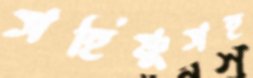
সহিষ্ণুসহ